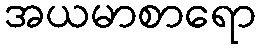
အယမာစာရော